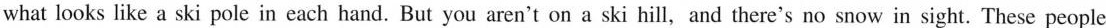
what looks like a ski pole in each hand. But you aren't on a ski hill，and there's no snow in sight. These people